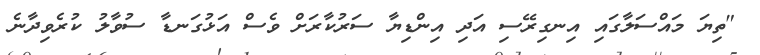
"ތިޔަ މައްސަލާގައި އިނގިރޭސި އަދި އިންޑިޔާ ސަރުކާރަށް ވެސް އަޅުގަނޑާ ސުވާލު ކުރެވިދާނެ